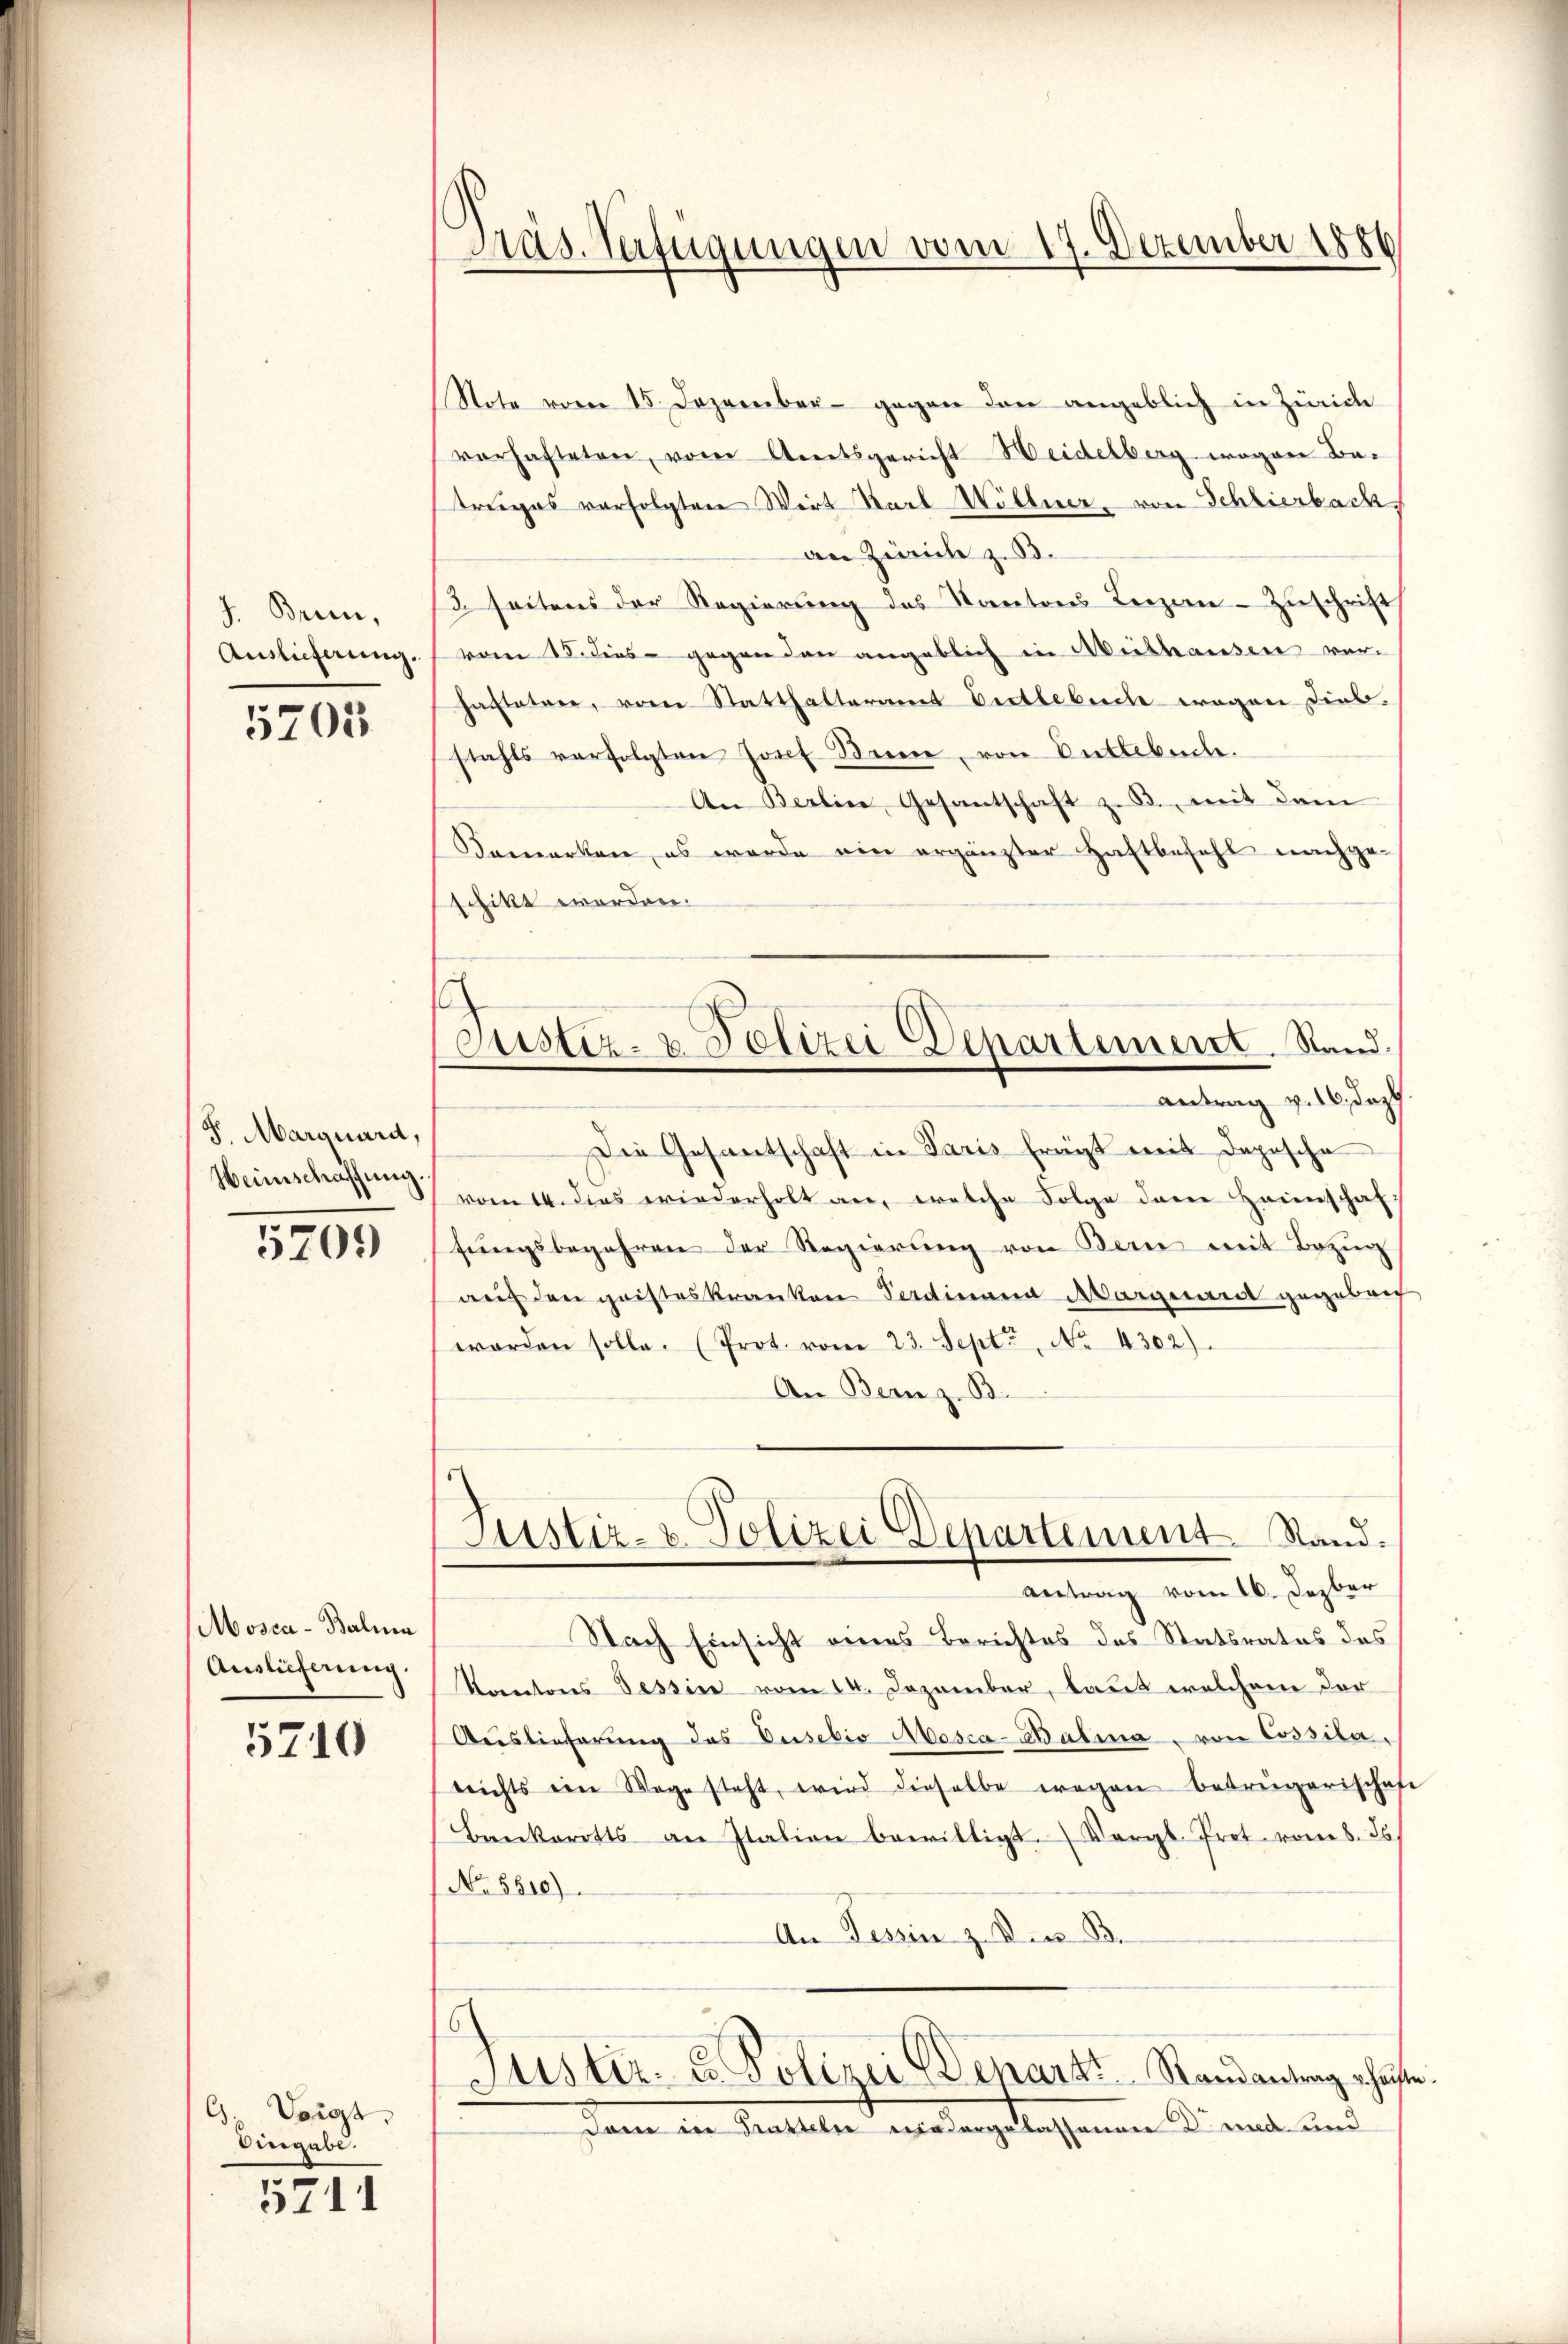
J. Brunn,
Auslieferung.

5703

S. Marquard,
Weinschaffung.

5209

Mosca-Balma
Auslieferung.

5710

G. Voigt.
Eingabe.

5711

Präs. Verfügungen vom 17. Dezember 1886

Justiz- & Polizei Departement. Stand.

Note vom 15. Dezember gegen den angeblich in Zürich
vorhafteten, vom Amtsgericht Heidelberg wegen Betruges verfolgten Wirt Karl Wöllner, von Schlierbach
an Zürich z. B.
3. seitens der Regierung des Kantons Lenzen-Zuschrift
vom 18. dies gegen den angeblich in Mithausen ver-
hafteten, vom Statthalteramt Distlebuch wegen Diebstahls verfolgten Josef Seine, von Entlebuch.
An Berline Gesantschaft z. B., mit dem
Bemerken, es werde ein ergänzter Haftbefehl nachge-
schikt werden.
antrag v. 16. daz
Die Gesantschaft in Paris frägt mit deposche
vom 14. dies wiederholt an, welche Folge der Heinschaffŭngsbegehren der Regierŭng von Bern mit Bezŭg
auf den geisteskranken Ferdinana Marguard gegeben
worden solle. (Prot. vom 23. Sept., No. 4302).
An Bern z. B.
Justiz- & Polizei Departement. Stand.
Antrag vom 16. Dezber
Nach Einsicht eines Berichtes des Statsrates des
Kantons Tessin vom 14. Dezember, laut welchem der
Auslieferung des Duselio Mesca-Salina, von Cossilanrichts ein Wege steht, wird dieselbe wegen betrügerischef
Bankerotts an Italien bewilligt. Vergl. Prot. vom 8. ds.
No. 5810).
An Tessin z. Vier B.
Justiz- u. Polizei Dehnarzt Randantrag schuf
dam in Tratteln niedergelassenner D. und und